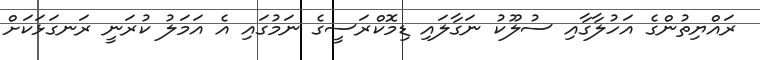
ރައްޔިތުންގެ އަހުލާގާއި ސުލޫކު ނަގާލައި ޑިމޮކްރަސީގެ ނަމުގައި އެ އަމަލު ކުރަނީ ރަނގަޅަކަށް